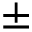
\pm